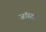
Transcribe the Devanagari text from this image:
जॉस्टर